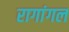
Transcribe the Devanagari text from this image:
रागांगल